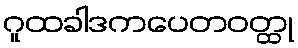
ဂူထခါဒကပေတဝတ္ထု